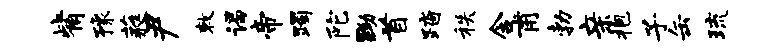
觜豫蕤尹敕谒帝躅陀黝首踏秩含甫勃亲抱子缶琉